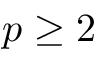
p \geq 2